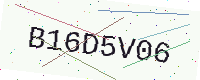
Text: B16D5V06